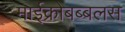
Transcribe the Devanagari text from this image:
माईक्रोबब्बलस